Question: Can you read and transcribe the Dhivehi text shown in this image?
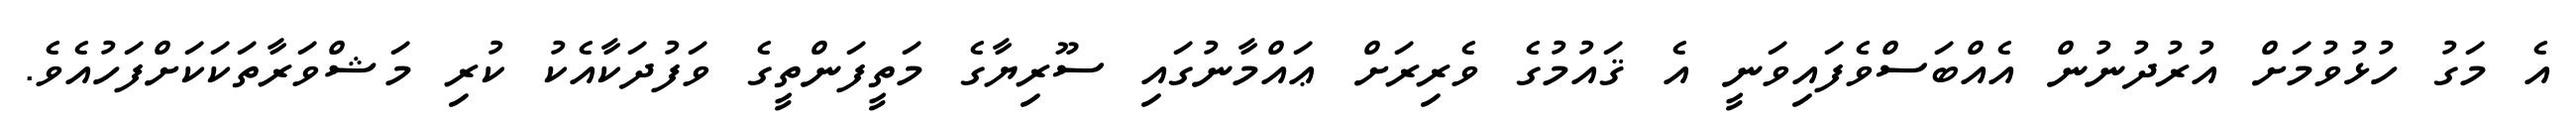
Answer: އެ މަގު ހުޅުވުމަށް އުރުދުނުން އެއްބަސްވެފައިވަނީ އެ ޤައުމުގެ ވެރިރަށް ޢައްމާނުގައި ސޫރިޔާގެ މަތީފަންތީގެ ވަފުދަކާއެކު ކުރި މަޝްވަރާތަކަކަށްފަހުއެވެ.